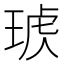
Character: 𤦣